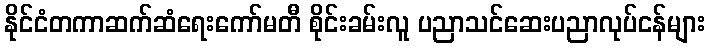
နိုင်ငံတကာဆက်ဆံရေးကော်မတီ စိုင်းခမ်းလူ ပညာသင်ဆေးပညာလုပ်ငန်များ